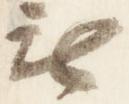
無